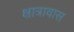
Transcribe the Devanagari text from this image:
क्षात्रावास